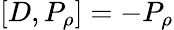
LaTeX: [D,P_{\rho}]=-P_{\rho}